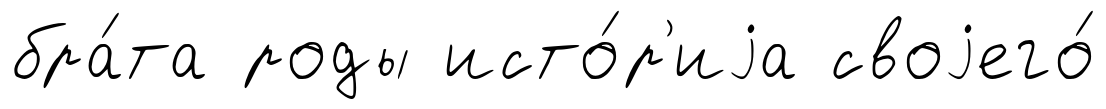
бра́та роды исто́р'иjа своjего́